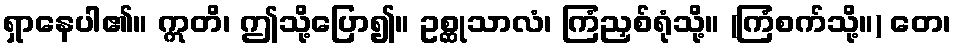
ရှာနေပါ၏။ ဣတိ၊ ဤသို့ပြော၍။ ဥစ္ဆုသာလံ၊ ကြံညှစ်ရုံသို့။ (ကြံစက်သို့။) တေ၊